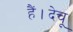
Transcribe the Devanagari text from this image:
हैं।देचू